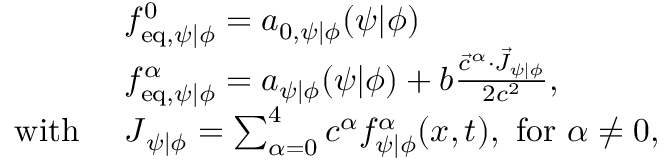
\begin{array} { r l } & { f _ { \mathrm { e q } , \psi \vert \phi } ^ { 0 } = a _ { 0 , \psi \vert \phi } ( \psi \vert \phi ) } \\ & { f _ { \mathrm { e q } , \psi \vert \phi } ^ { \alpha } = a _ { \psi \vert \phi } ( \psi \vert \phi ) + b \frac { \vec { c } ^ { \alpha } \cdot \vec { J } _ { \psi \vert \phi } } { 2 c ^ { 2 } } , } \\ { \mathrm { w i t h } \ } & { \boldsymbol { J } _ { \psi \vert \phi } = \sum _ { \alpha = 0 } ^ { 4 } \boldsymbol { c } ^ { \alpha } f _ { \psi \vert \phi } ^ { \alpha } ( \boldsymbol { x } , t ) , \ \mathrm { f o r ~ } \alpha \neq 0 , } \end{array}